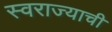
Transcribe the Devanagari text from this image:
स्‍वराज्याची